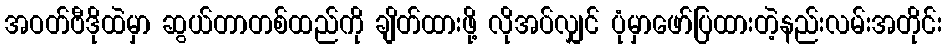
အဝတ်ဗီဒိုထဲမှာ ဆွယ်တာတစ်ထည်ကို ချိတ်ထားဖို့ လိုအပ်လျှင် ပုံမှာဖော်ပြထားတဲ့နည်းလမ်းအတိုင်း